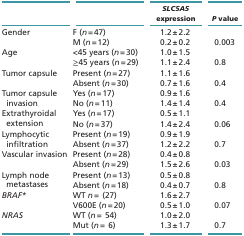
<table><thead><tr><td></td><td></td><td><b><i>SLC5A5</i> expression</b></td><td><b><i>P</i> value</b></td></tr></thead><tbody><tr><td rowspan="2">Gender</td><td>F (<i>n</i> = 47)</td><td>1.2 ± 2.2</td><td></td></tr><tr><td>M (<i>n</i> = 12)</td><td>0.2 ± 0.2</td><td>0.003</td></tr><tr><td rowspan="2">Age</td><td>&lt;45 years (<i>n</i> = 30)</td><td>1.0 ± 1.5</td><td></td></tr><tr><td>≥45 years (<i>n</i> = 29)</td><td>1.1 ± 2.4</td><td>0.8</td></tr><tr><td rowspan="2">Tumor capsule</td><td>Present (<i>n</i> = 27)</td><td>1.1 ± 1.6</td><td></td></tr><tr><td>Absent (<i>n</i> = 30)</td><td>0.7 ± 1.6</td><td>0.4</td></tr><tr><td rowspan="2">Tumor capsule invasion</td><td>Yes (<i>n</i> = 17)</td><td>0.9 ± 1.6</td><td></td></tr><tr><td>No (<i>n</i> = 11)</td><td>1.4 ± 1.4</td><td>0.4</td></tr><tr><td rowspan="2">Extrathyroidal extension</td><td>Yes (<i>n</i> = 17)</td><td>0.5 ± 1.1</td><td></td></tr><tr><td>No (<i>n</i> = 37)</td><td>1.4 ± 2.4</td><td>0.06</td></tr><tr><td rowspan="2">Lymphocytic infiltration</td><td>Present (<i>n</i> = 19)</td><td>0.9 ± 1.9</td><td></td></tr><tr><td>Absent (<i>n</i> = 37)</td><td>1.2 ± 2.2</td><td>0.7</td></tr><tr><td rowspan="2">Vascular invasion</td><td>Present (<i>n</i> = 28)</td><td>0.4 ± 0.8</td><td></td></tr><tr><td>Absent (<i>n</i> = 29)</td><td>1.5 ± 2.6</td><td>0.03</td></tr><tr><td rowspan="2">Lymph node metastases</td><td>Present (<i>n</i> = 13)</td><td>0.5 ± 0.8</td><td></td></tr><tr><td>Absent (<i>n</i> = 18)</td><td>0.4 ± 0.7</td><td>0.8</td></tr><tr><td rowspan="2"><i>BRAF</i>*</td><td>WT <i>n</i> =(27)</td><td>1.6 ± 2.7</td><td></td></tr><tr><td>V600E (<i>n</i> = 20)</td><td>0.5 ± 1.0</td><td>0.07</td></tr><tr><td rowspan="2"><i>NRAS</i></td><td>WT (<i>n</i> =54)</td><td>1.0 ± 2.0</td><td></td></tr><tr><td>Mut (<i>n</i> =6)</td><td>1.3 ± 1.7</td><td>0.7</td></tr></tbody></table>